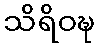
သိရိဝဍ္ဎ